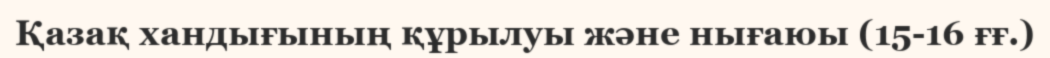
Қазақ хандығының құрылуы және нығаюы (15-16 ғғ.)